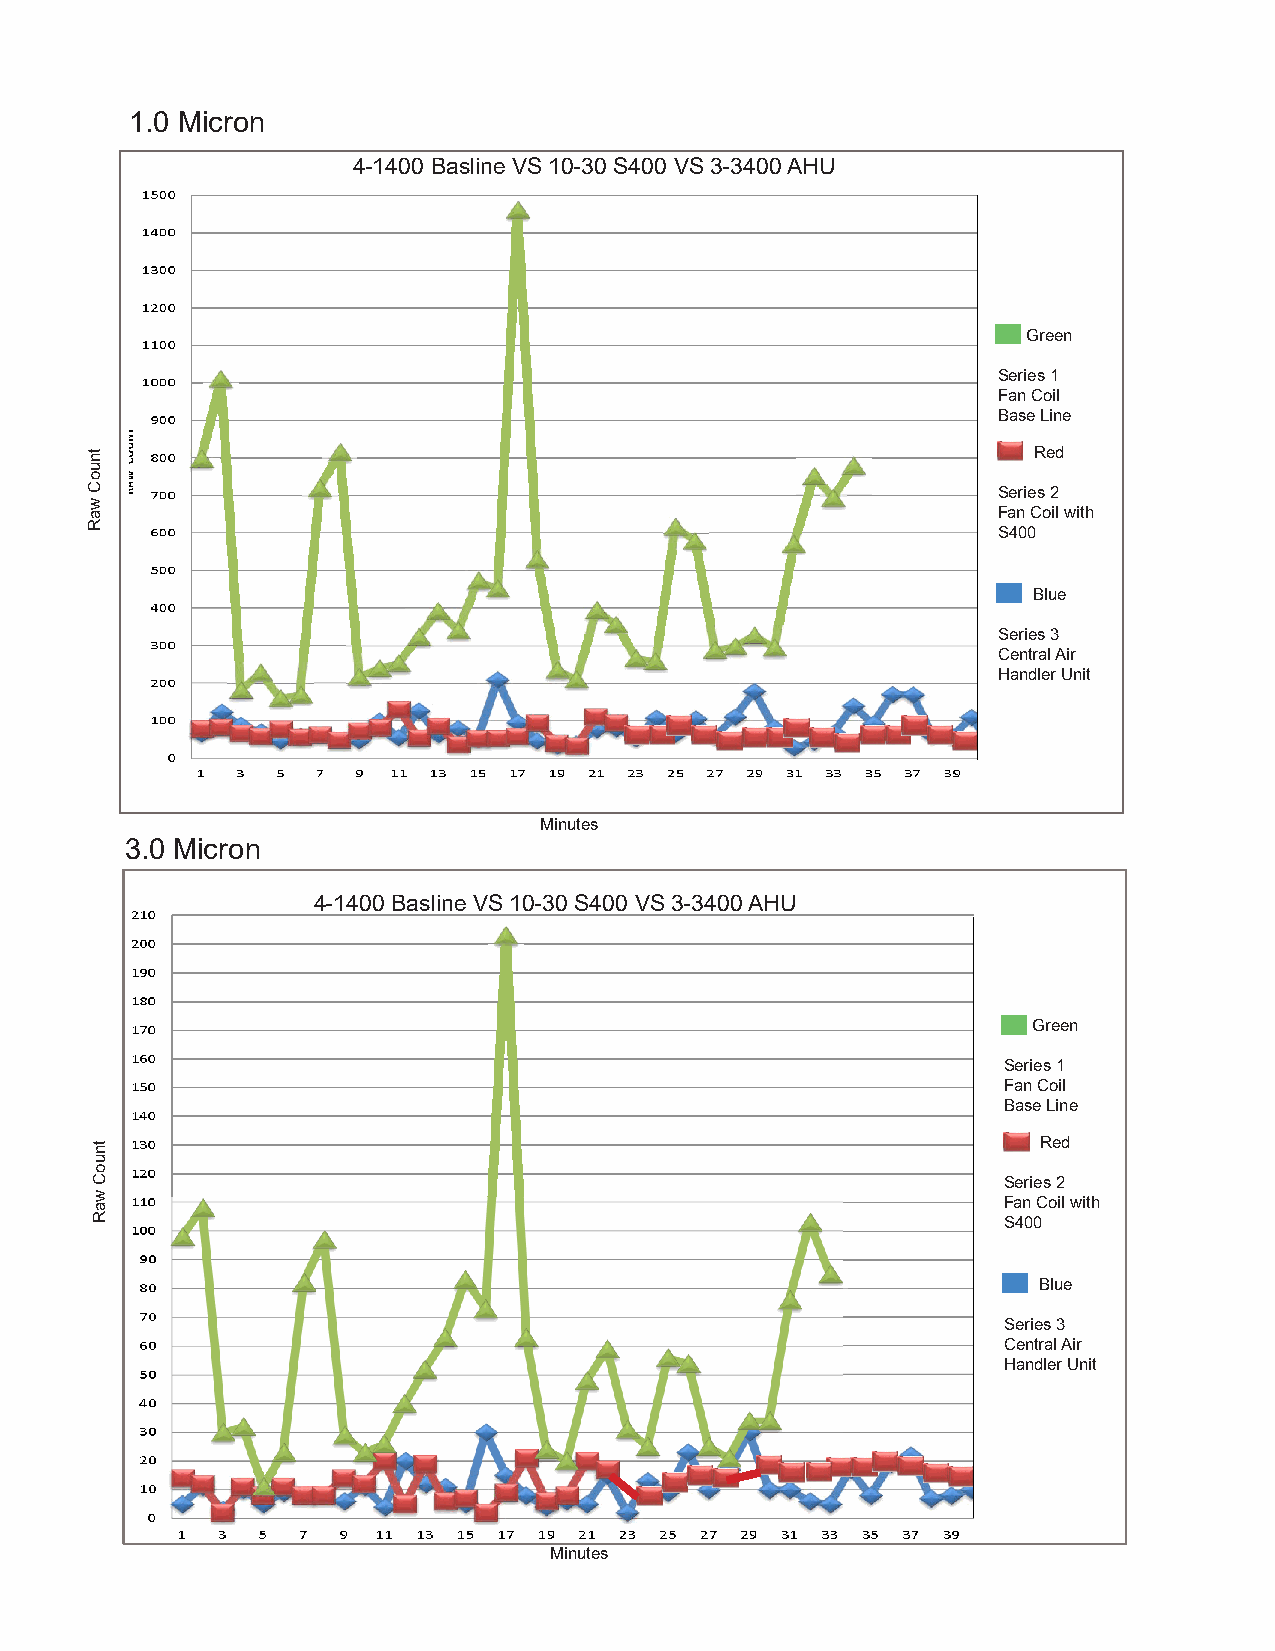
1.0 Micron
 4-1400 Basline VS 10-30 S400 VS 3-3400 AHU
 Green
 Series 1
 Fan Coil
 Base Line
 Red
 Series 2
 Fan Coil with
 S400
 Blue
 Series 3
 Central Air
 Handler Unit
 Minutes
 3.0 Micron
 4-1400 Basline VS 10-30 S400 VS 3-3400 AHU
 Green
 Series 1
 Fan Coil
 Base Line
 Red
 Series 2
 Fan Coil with
 S400
 Blue
 Series 3
 Central Air
 Handler Unit
 Minutes
 tnuoC
 waR
 tnuoC
 waR